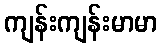
ကျန်းကျန်းမာမာ